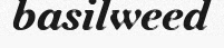
basilweed